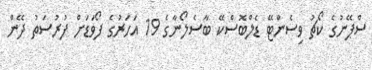
ސްޕޭނުގެ ކޯޗު ވިސެންޓޭ ޑެލްބޮސްކޭ ބާސެލޯނާގެ 19 އަހަރުގެ ފޯވަޑަށް ފުރުސަތު ދޭން